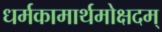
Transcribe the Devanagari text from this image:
धर्मकामार्थमोक्षदम्